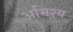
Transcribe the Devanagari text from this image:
अमिश्र्य